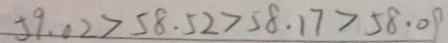
5 9 . 0 2 > 5 8 . 5 2 > 5 8 . 1 7 > 5 8 . 0 9